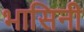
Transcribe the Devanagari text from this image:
भासिनी